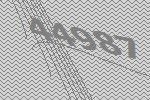
44987